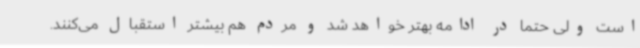
است ولی حتما در ادامه بهتر خواهد شد و مردم هم بیشتر استقبال می‌کنند.